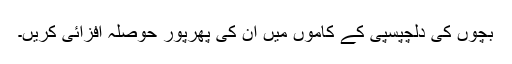
بچوں کی دلچپسپی کے کاموں میں ان کی پھرپور حوصلہ افزائی کریں۔